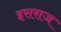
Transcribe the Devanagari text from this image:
इसराज